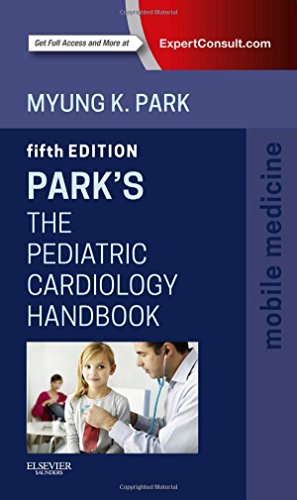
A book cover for Park's The Pediatric Cardiology Handbook: Mobile Medicine Series, 5e; Myung K. Park MD  FAAP  FACC; Medical Books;